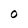
Character: O